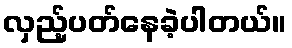
လှည့်ပတ်နေခဲ့ပါတယ်။